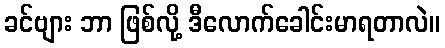
ခင်ဗျား ဘာ ဖြစ်လို့ ဒီလောက်ခေါင်းမာရတာလဲ။